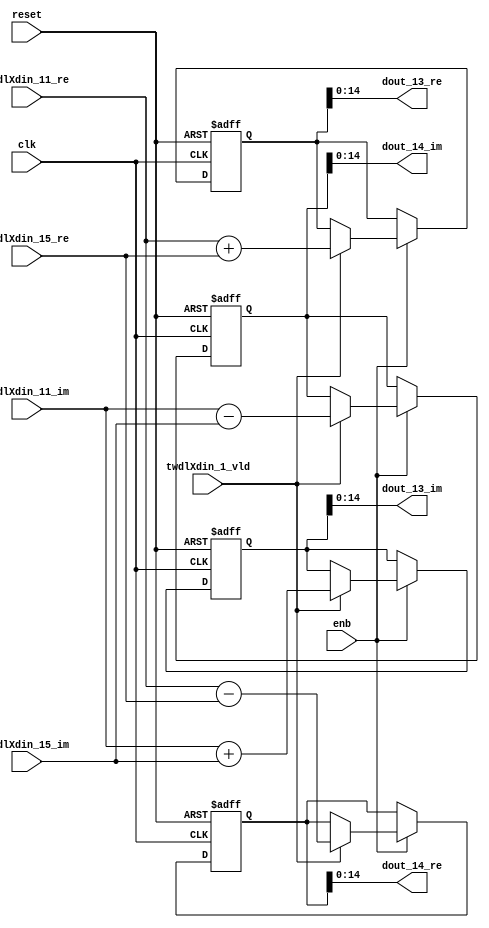
// -------------------------------------------------------------
// 
// 
// Generated by MATLAB 9.14 and HDL Coder 4.1
// 
// -------------------------------------------------------------


// -------------------------------------------------------------
// 
// Module: RADIX22FFT_SDNF1_3_block5
// Source Path: RSP/RSP/Velocity Processor/Doppler Processing/Doppler Processor/FFT/RADIX22FFT_SDNF1_3
// Hierarchy Level: 5
// 
// -------------------------------------------------------------

`timescale 1 ns / 1 ns

module RADIX22FFT_SDNF1_3_block5
          (clk,
           reset,
           enb,
           twdlXdin_11_re,
           twdlXdin_11_im,
           twdlXdin_15_re,
           twdlXdin_15_im,
           twdlXdin_1_vld,
           dout_13_re,
           dout_13_im,
           dout_14_re,
           dout_14_im);


  input   clk;
  input   reset;
  input   enb;
  input   signed [14:0] twdlXdin_11_re;  // sfix15_En10
  input   signed [14:0] twdlXdin_11_im;  // sfix15_En10
  input   signed [14:0] twdlXdin_15_re;  // sfix15_En10
  input   signed [14:0] twdlXdin_15_im;  // sfix15_En10
  input   twdlXdin_1_vld;
  output  signed [14:0] dout_13_re;  // sfix15_En10
  output  signed [14:0] dout_13_im;  // sfix15_En10
  output  signed [14:0] dout_14_re;  // sfix15_En10
  output  signed [14:0] dout_14_im;  // sfix15_En10


  reg signed [15:0] Radix22ButterflyG1_NF_btf1_re_reg;  // sfix16
  reg signed [15:0] Radix22ButterflyG1_NF_btf1_im_reg;  // sfix16
  reg signed [15:0] Radix22ButterflyG1_NF_btf2_re_reg;  // sfix16
  reg signed [15:0] Radix22ButterflyG1_NF_btf2_im_reg;  // sfix16
  reg  Radix22ButterflyG1_NF_dinXtwdl_vld_dly1;
  reg signed [15:0] Radix22ButterflyG1_NF_btf1_re_reg_next;  // sfix16_En10
  reg signed [15:0] Radix22ButterflyG1_NF_btf1_im_reg_next;  // sfix16_En10
  reg signed [15:0] Radix22ButterflyG1_NF_btf2_re_reg_next;  // sfix16_En10
  reg signed [15:0] Radix22ButterflyG1_NF_btf2_im_reg_next;  // sfix16_En10
  reg  Radix22ButterflyG1_NF_dinXtwdl_vld_dly1_next;
  reg signed [14:0] dout_13_re_1;  // sfix15_En10
  reg signed [14:0] dout_13_im_1;  // sfix15_En10
  reg signed [14:0] dout_14_re_1;  // sfix15_En10
  reg signed [14:0] dout_14_im_1;  // sfix15_En10
  reg  dout_13_vld;
  reg signed [15:0] Radix22ButterflyG1_NF_add_cast;  // sfix16_En10
  reg signed [15:0] Radix22ButterflyG1_NF_add_cast_0;  // sfix16_En10
  reg signed [15:0] Radix22ButterflyG1_NF_sub_cast;  // sfix16_En10
  reg signed [15:0] Radix22ButterflyG1_NF_sub_cast_0;  // sfix16_En10
  reg signed [15:0] Radix22ButterflyG1_NF_add_cast_1;  // sfix16_En10
  reg signed [15:0] Radix22ButterflyG1_NF_add_cast_2;  // sfix16_En10
  reg signed [15:0] Radix22ButterflyG1_NF_sub_cast_1;  // sfix16_En10
  reg signed [15:0] Radix22ButterflyG1_NF_sub_cast_2;  // sfix16_En10


  // Radix22ButterflyG1_NF
  always @(posedge clk or posedge reset)
    begin : Radix22ButterflyG1_NF_process
      if (reset == 1'b1) begin
        Radix22ButterflyG1_NF_btf1_re_reg <= 16'sb0000000000000000;
        Radix22ButterflyG1_NF_btf1_im_reg <= 16'sb0000000000000000;
        Radix22ButterflyG1_NF_btf2_re_reg <= 16'sb0000000000000000;
        Radix22ButterflyG1_NF_btf2_im_reg <= 16'sb0000000000000000;
        Radix22ButterflyG1_NF_dinXtwdl_vld_dly1 <= 1'b0;
      end
      else begin
        if (enb) begin
          Radix22ButterflyG1_NF_btf1_re_reg <= Radix22ButterflyG1_NF_btf1_re_reg_next;
          Radix22ButterflyG1_NF_btf1_im_reg <= Radix22ButterflyG1_NF_btf1_im_reg_next;
          Radix22ButterflyG1_NF_btf2_re_reg <= Radix22ButterflyG1_NF_btf2_re_reg_next;
          Radix22ButterflyG1_NF_btf2_im_reg <= Radix22ButterflyG1_NF_btf2_im_reg_next;
          Radix22ButterflyG1_NF_dinXtwdl_vld_dly1 <= Radix22ButterflyG1_NF_dinXtwdl_vld_dly1_next;
        end
      end
    end

  always @(Radix22ButterflyG1_NF_btf1_im_reg, Radix22ButterflyG1_NF_btf1_re_reg,
       Radix22ButterflyG1_NF_btf2_im_reg, Radix22ButterflyG1_NF_btf2_re_reg,
       Radix22ButterflyG1_NF_dinXtwdl_vld_dly1, twdlXdin_11_im, twdlXdin_11_re,
       twdlXdin_15_im, twdlXdin_15_re, twdlXdin_1_vld) begin
    Radix22ButterflyG1_NF_add_cast = 16'sb0000000000000000;
    Radix22ButterflyG1_NF_add_cast_0 = 16'sb0000000000000000;
    Radix22ButterflyG1_NF_sub_cast = 16'sb0000000000000000;
    Radix22ButterflyG1_NF_sub_cast_0 = 16'sb0000000000000000;
    Radix22ButterflyG1_NF_add_cast_1 = 16'sb0000000000000000;
    Radix22ButterflyG1_NF_add_cast_2 = 16'sb0000000000000000;
    Radix22ButterflyG1_NF_sub_cast_1 = 16'sb0000000000000000;
    Radix22ButterflyG1_NF_sub_cast_2 = 16'sb0000000000000000;
    Radix22ButterflyG1_NF_btf1_re_reg_next = Radix22ButterflyG1_NF_btf1_re_reg;
    Radix22ButterflyG1_NF_btf1_im_reg_next = Radix22ButterflyG1_NF_btf1_im_reg;
    Radix22ButterflyG1_NF_btf2_re_reg_next = Radix22ButterflyG1_NF_btf2_re_reg;
    Radix22ButterflyG1_NF_btf2_im_reg_next = Radix22ButterflyG1_NF_btf2_im_reg;
    Radix22ButterflyG1_NF_dinXtwdl_vld_dly1_next = twdlXdin_1_vld;
    if (twdlXdin_1_vld) begin
      Radix22ButterflyG1_NF_add_cast = {twdlXdin_11_re[14], twdlXdin_11_re};
      Radix22ButterflyG1_NF_add_cast_0 = {twdlXdin_15_re[14], twdlXdin_15_re};
      Radix22ButterflyG1_NF_btf1_re_reg_next = Radix22ButterflyG1_NF_add_cast + Radix22ButterflyG1_NF_add_cast_0;
      Radix22ButterflyG1_NF_sub_cast = {twdlXdin_11_re[14], twdlXdin_11_re};
      Radix22ButterflyG1_NF_sub_cast_0 = {twdlXdin_15_re[14], twdlXdin_15_re};
      Radix22ButterflyG1_NF_btf2_re_reg_next = Radix22ButterflyG1_NF_sub_cast - Radix22ButterflyG1_NF_sub_cast_0;
      Radix22ButterflyG1_NF_add_cast_1 = {twdlXdin_11_im[14], twdlXdin_11_im};
      Radix22ButterflyG1_NF_add_cast_2 = {twdlXdin_15_im[14], twdlXdin_15_im};
      Radix22ButterflyG1_NF_btf1_im_reg_next = Radix22ButterflyG1_NF_add_cast_1 + Radix22ButterflyG1_NF_add_cast_2;
      Radix22ButterflyG1_NF_sub_cast_1 = {twdlXdin_11_im[14], twdlXdin_11_im};
      Radix22ButterflyG1_NF_sub_cast_2 = {twdlXdin_15_im[14], twdlXdin_15_im};
      Radix22ButterflyG1_NF_btf2_im_reg_next = Radix22ButterflyG1_NF_sub_cast_1 - Radix22ButterflyG1_NF_sub_cast_2;
    end
    dout_13_re_1 = Radix22ButterflyG1_NF_btf1_re_reg[14:0];
    dout_13_im_1 = Radix22ButterflyG1_NF_btf1_im_reg[14:0];
    dout_14_re_1 = Radix22ButterflyG1_NF_btf2_re_reg[14:0];
    dout_14_im_1 = Radix22ButterflyG1_NF_btf2_im_reg[14:0];
    dout_13_vld = Radix22ButterflyG1_NF_dinXtwdl_vld_dly1;
  end



  assign dout_13_re = dout_13_re_1;

  assign dout_13_im = dout_13_im_1;

  assign dout_14_re = dout_14_re_1;

  assign dout_14_im = dout_14_im_1;

endmodule  // RADIX22FFT_SDNF1_3_block5